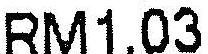
RM1.03